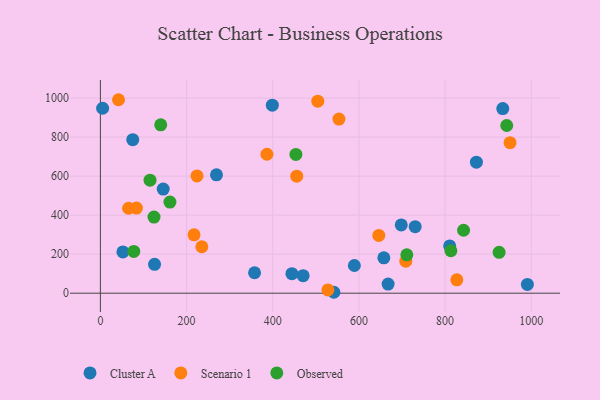
{"axis": {"x": "Distance", "y": "Salary"}, "legend": ["Cluster A", "Observed", "Scenario 1"], "data": [{"x": "75.1", "y": 787.0, "type": "Cluster A"}, {"x": "657.8", "y": 181.1, "type": "Cluster A"}, {"x": "399.0", "y": 963.8, "type": "Cluster A"}, {"x": "698.2", "y": 349.9, "type": "Cluster A"}, {"x": "470.5", "y": 89.8, "type": "Cluster A"}, {"x": "990.9", "y": 44.9, "type": "Cluster A"}, {"x": "730.5", "y": 341.1, "type": "Cluster A"}, {"x": "444.5", "y": 100.0, "type": "Cluster A"}, {"x": "52.2", "y": 211.6, "type": "Cluster A"}, {"x": "145.8", "y": 533.4, "type": "Cluster A"}, {"x": "872.6", "y": 671.3, "type": "Cluster A"}, {"x": "5.2", "y": 947.7, "type": "Cluster A"}, {"x": "810.6", "y": 242.0, "type": "Cluster A"}, {"x": "125.7", "y": 148.0, "type": "Cluster A"}, {"x": "667.7", "y": 46.6, "type": "Cluster A"}, {"x": "933.8", "y": 946.3, "type": "Cluster A"}, {"x": "541.9", "y": 4.7, "type": "Cluster A"}, {"x": "357.8", "y": 104.8, "type": "Cluster A"}, {"x": "269.4", "y": 606.4, "type": "Cluster A"}, {"x": "589.4", "y": 141.9, "type": "Cluster A"}, {"x": "83.7", "y": 436.0, "type": "Scenario 1"}, {"x": "65.4", "y": 435.4, "type": "Scenario 1"}, {"x": "950.7", "y": 771.6, "type": "Scenario 1"}, {"x": "42.1", "y": 991.5, "type": "Scenario 1"}, {"x": "553.6", "y": 892.4, "type": "Scenario 1"}, {"x": "827.2", "y": 68.4, "type": "Scenario 1"}, {"x": "217.3", "y": 298.9, "type": "Scenario 1"}, {"x": "646.1", "y": 295.9, "type": "Scenario 1"}, {"x": "504.5", "y": 983.9, "type": "Scenario 1"}, {"x": "235.4", "y": 238.0, "type": "Scenario 1"}, {"x": "528.0", "y": 16.9, "type": "Scenario 1"}, {"x": "708.8", "y": 164.0, "type": "Scenario 1"}, {"x": "455.7", "y": 599.5, "type": "Scenario 1"}, {"x": "386.5", "y": 712.1, "type": "Scenario 1"}, {"x": "224.2", "y": 601.1, "type": "Scenario 1"}, {"x": "925.3", "y": 209.6, "type": "Observed"}, {"x": "115.2", "y": 579.1, "type": "Observed"}, {"x": "124.4", "y": 390.1, "type": "Observed"}, {"x": "453.7", "y": 711.3, "type": "Observed"}, {"x": "711.1", "y": 196.6, "type": "Observed"}, {"x": "842.8", "y": 322.6, "type": "Observed"}, {"x": "77.5", "y": 214.3, "type": "Observed"}, {"x": "140.0", "y": 862.8, "type": "Observed"}, {"x": "161.4", "y": 466.9, "type": "Observed"}, {"x": "943.0", "y": 859.5, "type": "Observed"}, {"x": "813.4", "y": 217.6, "type": "Observed"}]}